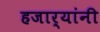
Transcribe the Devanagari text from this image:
हजार्‍यांनी